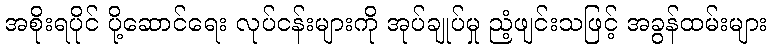
အစိုးရပိုင် ပို့ဆောင်ရေး လုပ်ငန်းများကို အုပ်ချုပ်မှု ညံ့ဖျင်းသဖြင့် အခွန်ထမ်းများ